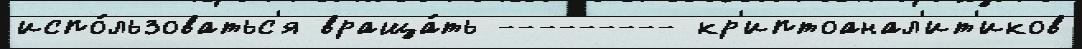
испо́льзоватьс'я враща́ть --------- кр'иптоанал'ит'иков